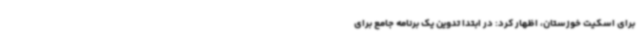
برای اسکیت خوزستان، اظهار کرد: در ابتدا تدوین یک برنامه جامع برای